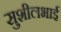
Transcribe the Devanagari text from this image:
सुशीलभाई